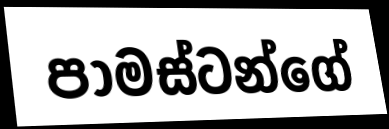
පාමස්ටන්ගේ